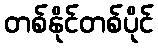
တစ်နိုင်တစ်ပိုင်